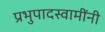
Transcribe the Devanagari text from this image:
प्रभुपादस्वामींनी